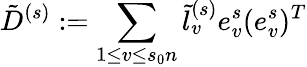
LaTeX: \tilde{D}^{(s)}:=\sum_{1\le v\le s_{0}n}\tilde{l}_{v}^{(s)}e_{v}^{s}(e_{v}^{s})^{T}